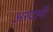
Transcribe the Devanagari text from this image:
अरदली